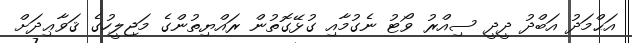
އަޙްމަދު އަބްދު ދީދީ ސިއްރު ވޯޓު ނެގުމާއި ގުޅޭގޮތުން ރައްޔިތުންގެ މަޖިލީހުގެ ޤަވާޢިދަށް